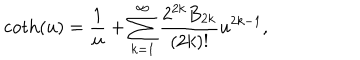
\coth ( u ) = \frac { 1 } { u } + \sum _ { k = 1 } ^ { \infty } \frac { 2 ^ { 2 k } B _ { 2 k } } { ( 2 k ) ! } u ^ { 2 k - 1 } ,